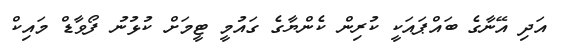
އަދި އޭނާގެ ބައްޕައަކީ ކުރިން ކެންޔާގެ ގައުމީ ޓީމަށް ކުޅުނު ފޯވާޑް މައިކް